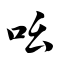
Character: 吆